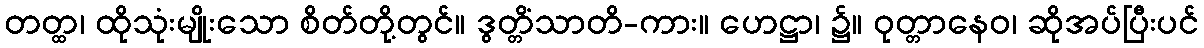
တတ္ထ၊ ထိုသုံးမျိုးသော စိတ်တို့တွင်။ ဒွတ္တိံသာတိ-ကား။ ဟေဋ္ဌာ၊ ၌။ ဝုတ္တာနေဝ၊ ဆိုအပ်ပြီးပင်